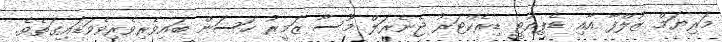
މަރިޔަމް ޒުލްފާ އާއި ޑެޕިއުޓީ ޑިރެކްޓަރު ޖެނެރަލް މޫސާ ޒަމީރު ހަސަން ބައިވެރިވެރިވެވަޑައިގަތެވެ.